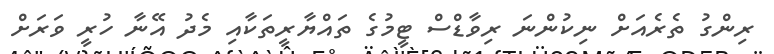
ރިންގު ތެރެއަށް ނިކުންނަ ރިވާޑްސް ޓީމުގެ ތައްޔާރީތަކާއި މެދު އޭނާ ހުރީ ވަރަށް